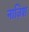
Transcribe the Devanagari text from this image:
नाज़िश